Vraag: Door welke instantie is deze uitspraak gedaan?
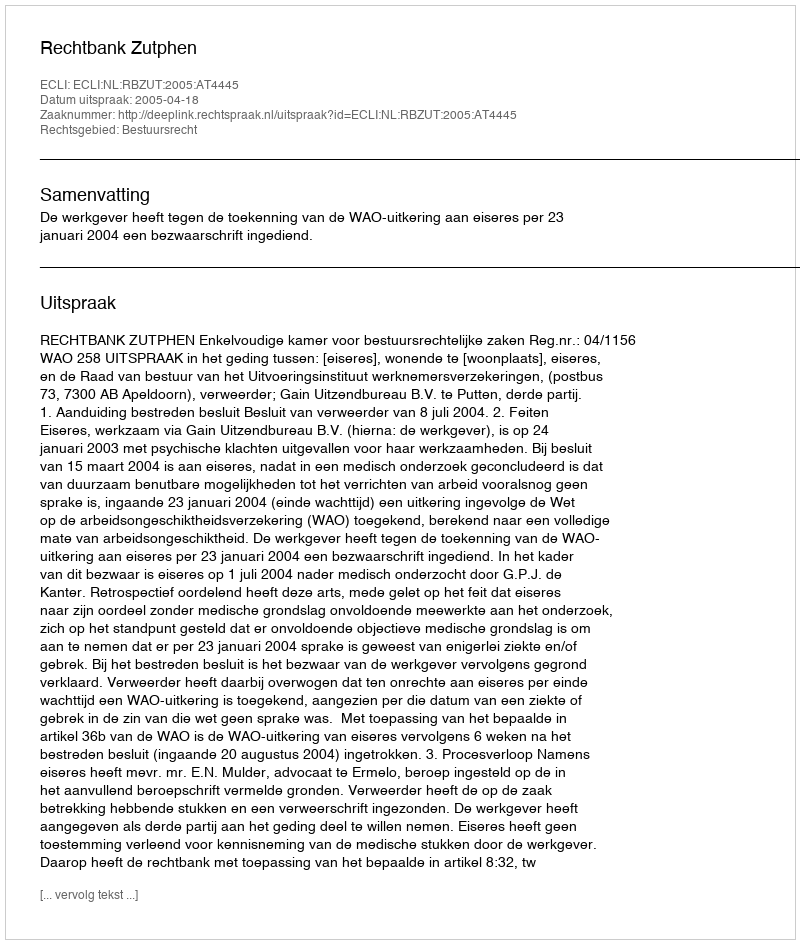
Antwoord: Rechtbank Zutphen